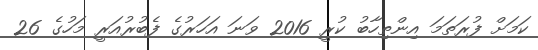
ކަމަށް ފުރަތަމަ އިންތިހާބު ކުރީ 2016 ވަނަ އަހަރުގެ ފެބުރުއަރީ މަހުގެ 26